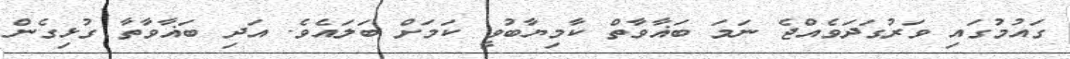
ގައުމުގައި ވަރުގަދަވެއްޖެ ނަމަ ބަޣާވާތް ކާމިޔާބުވީ ކަމަށް ބަލައެވެ. އަދި ބަޣާވާތާ ގުޅިގެން